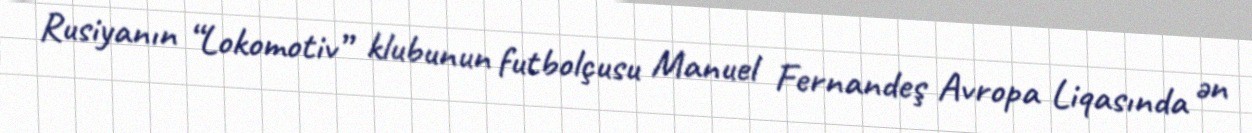
Rusiyanın “Lokomotiv” klubunun futbolçusu Manuel Fernandeş Avropa Liqasında ən